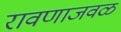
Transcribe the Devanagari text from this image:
रावणाजवळ